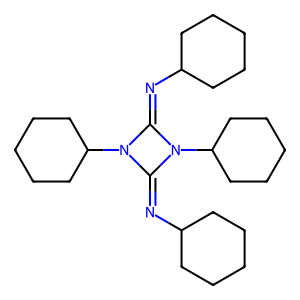
SMILES: C1CCC(N=C2N(C3CCCCC3)C(=NC3CCCCC3)N2C2CCCCC2)CC1
Inhibits HIV replication: No